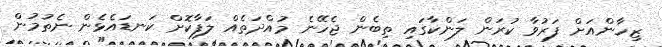
ޒިހާންއަށް ފަރުވާ ކުރަން ލަންކާގައި ތިބެން ޖެހޭނެ މުއްދަތެއް ލަފާކޮށް ކަނޑައެޅެން ނެތުމުން